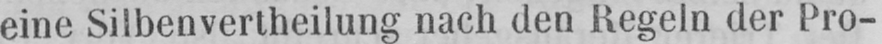
eine Silbenvertheilung nach den Regeln der Pro-